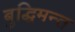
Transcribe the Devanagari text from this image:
बुद्धिमन्त